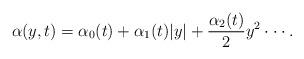
LaTeX: \begin{align*}\alpha(y,t)=\alpha_0(t)+ \alpha_1(t) \vert y \vert + \frac{\alpha_2(t)}{2} y^2 \cdot \cdot \cdot.\end{align*}